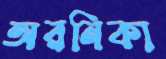
অরনিকা